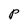
Character: P